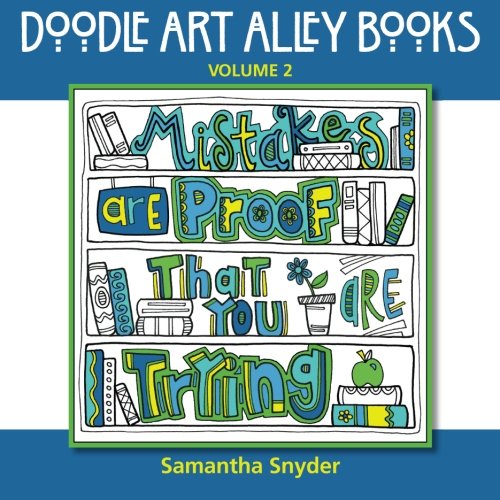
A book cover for Mistakes Are Proof That You Are Trying (Doodle Art Alley Books) (Volume 2); Samantha Snyder; Crafts, Hobbies & Home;